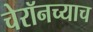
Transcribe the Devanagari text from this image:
चेरॉनच्याच